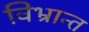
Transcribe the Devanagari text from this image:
विभ्रान्त